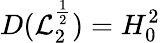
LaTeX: D(\mathcal{L}_{2}^{\frac{1}{2}})=H_{0}^{2}